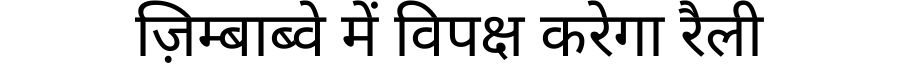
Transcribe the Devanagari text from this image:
ज़िम्बाब्वे में विपक्ष करेगा रैली